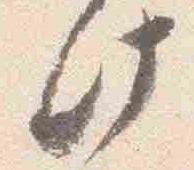
此